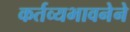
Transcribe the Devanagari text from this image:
कर्तव्यभावनेने